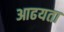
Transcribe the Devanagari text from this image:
आढयता